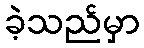
ခဲ့သည်မှာ